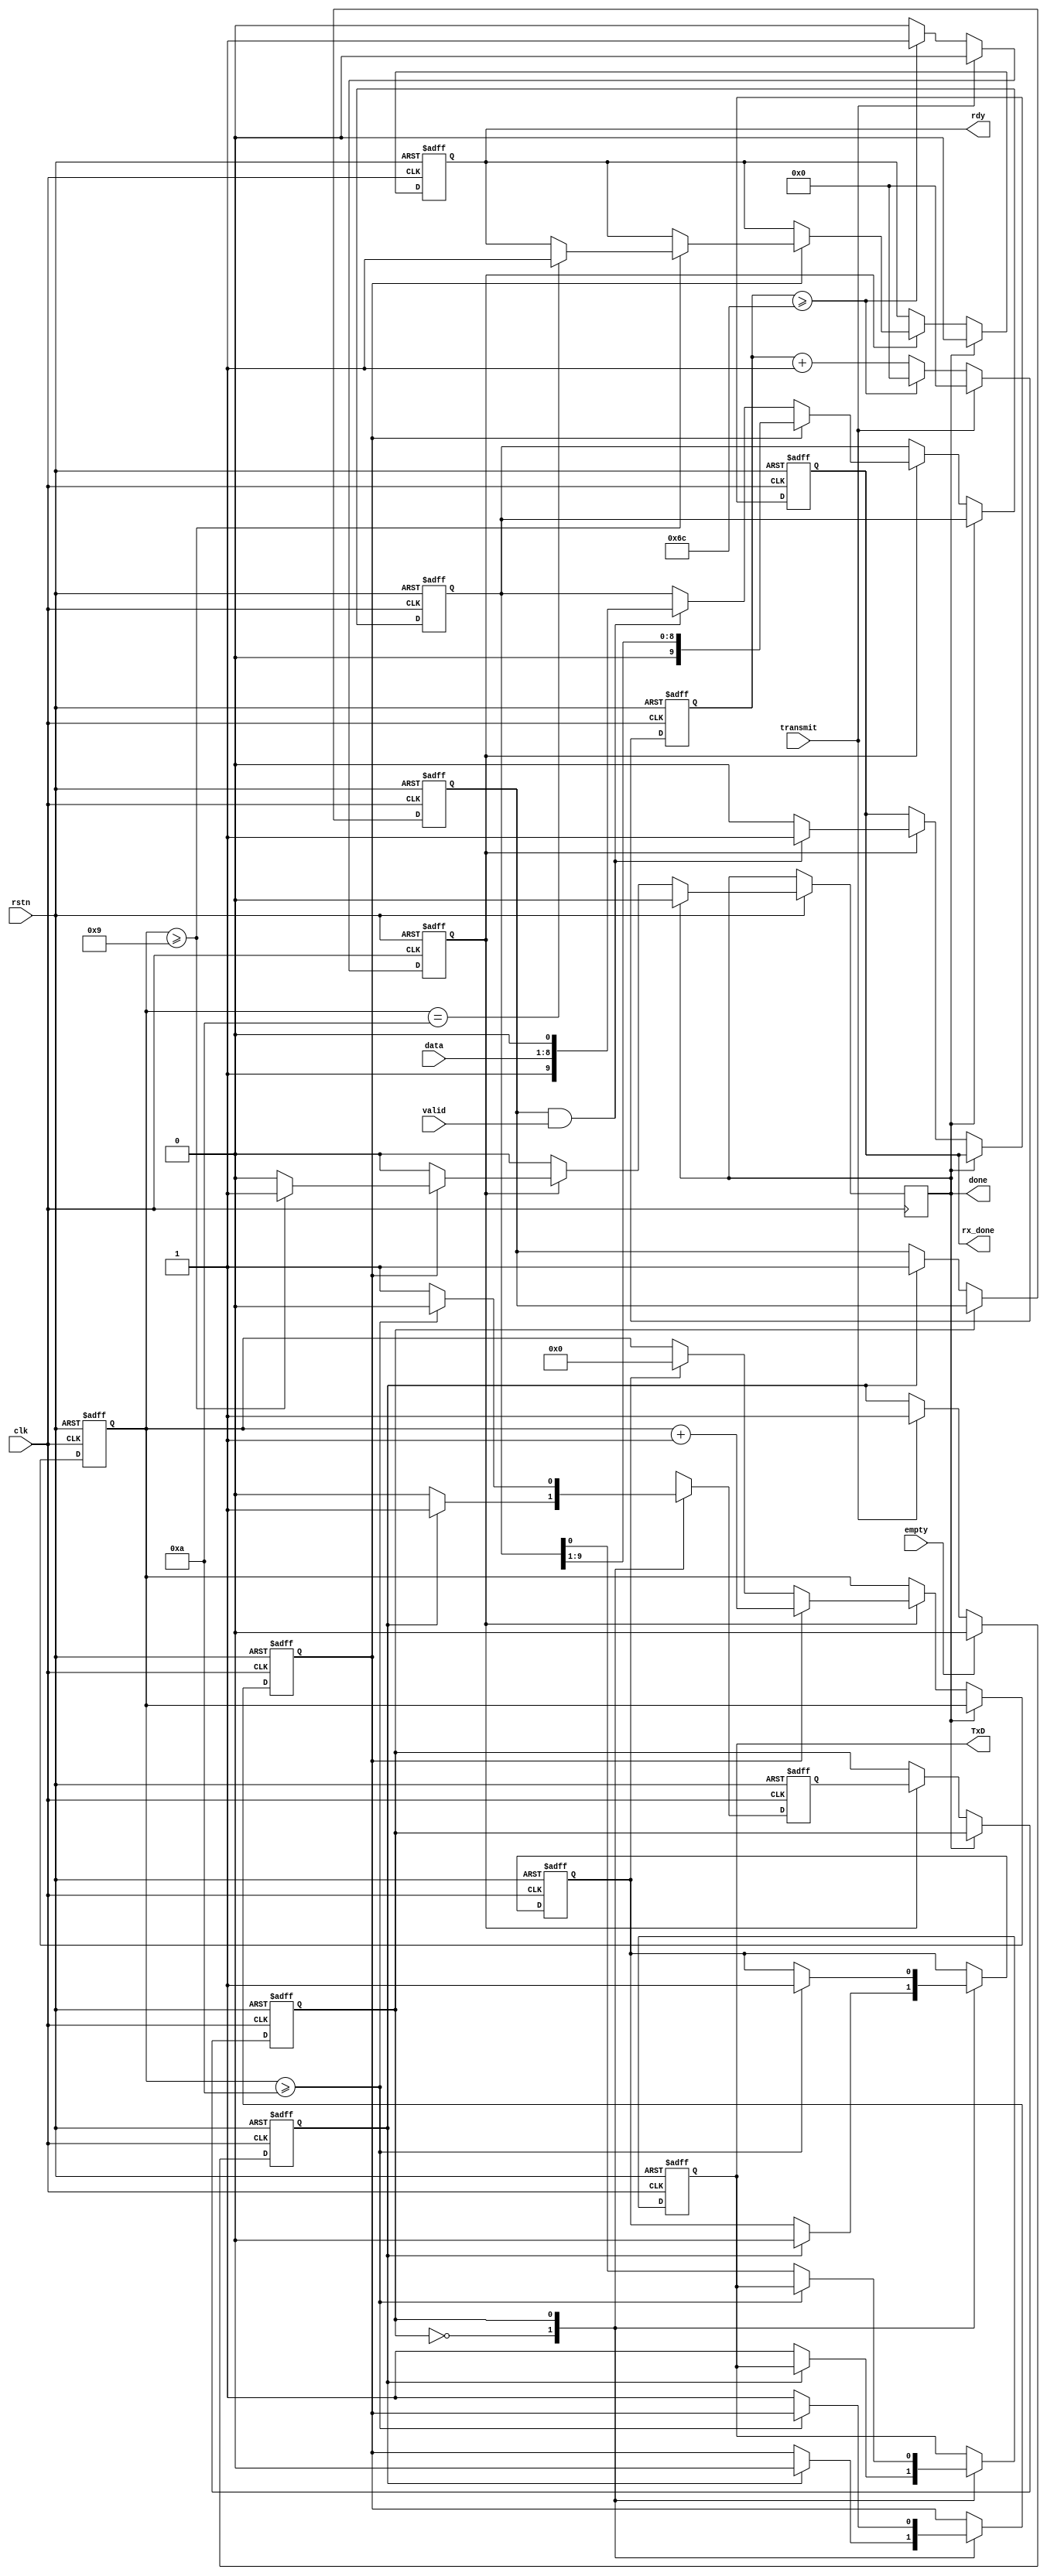
`timescale 1ns / 1ps


module transmitter
#(
    parameter baud_rate_count= 108
)
(
    input clk, 
    input rstn,
    input transmit, 
    input [7:0] data,
    input empty,
    input valid,         
    output reg rdy,
    output reg  rx_done,        
    output reg TxD,  
    output reg done
);
    localparam IDLE = 0;
    localparam TX = 1;

    reg [3:0] bitcounter; //4 bits counter to count up to 10
    reg [13:0] counter; //14 bits counter to count the baud rate, counter = clock / baud rate
    reg state;
    reg nextstate;      
    reg [9:0] rightshiftreg; 
    reg shift; //shift signal to start bit shifting in UART
    reg load; //load signal to start loading the data into rightshift register and add start and stop bit
    reg clear; //clear signal to start reset the bitcounter for UART transmission

    reg flag;
    reg transmit_delay;
        
    always @ (posedge clk or negedge rstn) begin
        if (!rstn) begin 
            transmit_delay <= 1'b0;                        
        end
        else begin
            if (transmit)
                transmit_delay <= 1'b1;
            if (empty)
                transmit_delay <= 1'b0;    
        end    
    end
                           
    always @ (posedge clk or negedge rstn)  begin 
        if (!rstn) begin 
            counter <={31{1'b0}}; 
            flag <= 1'b0;    
        end
        else if (transmit) begin
            counter <= {31{1'b0}};
            flag <= 1'b0;
        end
        else begin
            if ( counter >= baud_rate_count) begin
                counter <= 0;
                flag <= 1;                    
            end
            else begin
                counter <= counter + 1;
                flag <= 0;
            end
        end
    end

    
    //UART transmission logic
    always @ (posedge clk or negedge rstn) 
    begin 
        if (!rstn) begin 
                state <=IDLE; 
                bitcounter <= 4'h0; 
                rightshiftreg <= {10{1'b0}};
                rdy <= 0;
                rx_done  <= 0;
        end
        else begin
            if(done) begin
                done <= 0;
                rdy <= 0;
            end
            else begin
                if (flag) begin 
                    state <= nextstate; 
                    if (load && valid ) begin
                        rightshiftreg <= {1'b1,data,1'b0}; 
                        rx_done <= 1;
                    end
                    else 
                        rx_done <= 0;                    
                    if (clear) begin 
                        bitcounter <=0; 
                    end
                    if (shift)  begin 
                        rightshiftreg <= rightshiftreg >> 1;
                        bitcounter <= bitcounter + 1;                     
                        if(bitcounter >= 9) begin
                            done <= 1;
                            if (bitcounter == 10)
                                rdy <= 1;
                        end                                               
                    end
                end
            end
        end
    end 

    //state machine    
    always @ (posedge clk or negedge rstn) 
    begin
        if (!rstn) begin
            load <=0; 
            shift <=0; 
            clear <=0; 
            TxD <=1; 
            nextstate <=0;                     
        end
        else begin        
            case (state)
                IDLE: begin 
                     if (transmit_delay) begin 
                         nextstate <= TX; 
                         load <=1; 
                         shift <=0; 
                         clear <=0; 
                     end 
                     else begin 
                         nextstate <= IDLE; 
                         TxD <= 1;     
                     end
                   end
                TX: begin  
                     if (bitcounter >=10) begin 
                         nextstate <= IDLE; 
                         clear <=1;     
                     end 
                     else begin  
                         nextstate <= TX; 
                         TxD <= rightshiftreg[0]; 
                         shift <=1; 
                     end
                   end
                 default: nextstate <= IDLE;                      
            endcase
        end
    end
endmodule